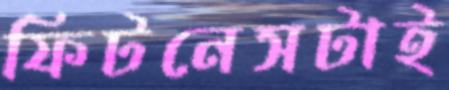
ফিটনেসটাই